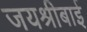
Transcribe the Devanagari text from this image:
जयश्रीबाई